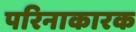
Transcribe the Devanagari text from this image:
परिनाकारक